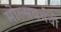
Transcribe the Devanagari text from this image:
मोल्सवर्थची